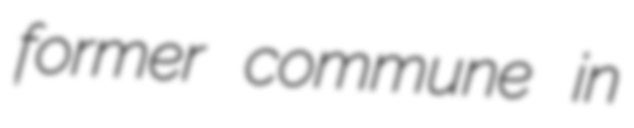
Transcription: former commune in